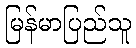
မြန်မာပြည်သူ